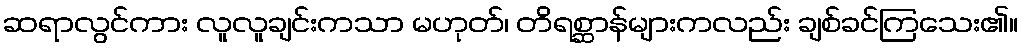
ဆရာလွင်ကား လူလူချင်းကသာ မဟုတ်၊ တိရစ္ဆာန်များကလည်း ချစ်ခင်ကြသေး၏။